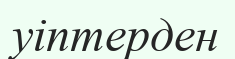
уіптерден